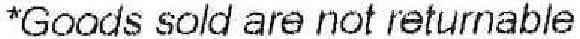
*GOODS SOLD ARE NOT RETURNABLE